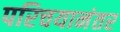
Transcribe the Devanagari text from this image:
परिचयानंतर